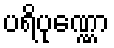
ပရိပုဏ္ဏော